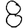
Digit: 8